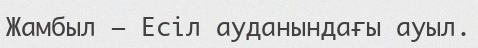
Жамбыл – Есіл ауданындағы ауыл.